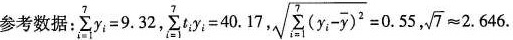
参考数据: $$\sum _ { i = 1 } ^ { 7 } y _ { i } = 9 . 3 2$$, $$\sum _ { i = 1 }^{ 7 } t _ { i } y _ { i } = 4 0 . 1 7$$, $$\sqrt { \sum _ { i = 1 } ^ { 7 } \left ( y _ { i } - \bar { y } \right ) ^ { 2 } } = 0 . 5 5$$,$$ \sqrt { 7 }